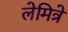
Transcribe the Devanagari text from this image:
लेमित्रे